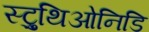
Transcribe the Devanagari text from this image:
स्ट्रुथिओनिडि